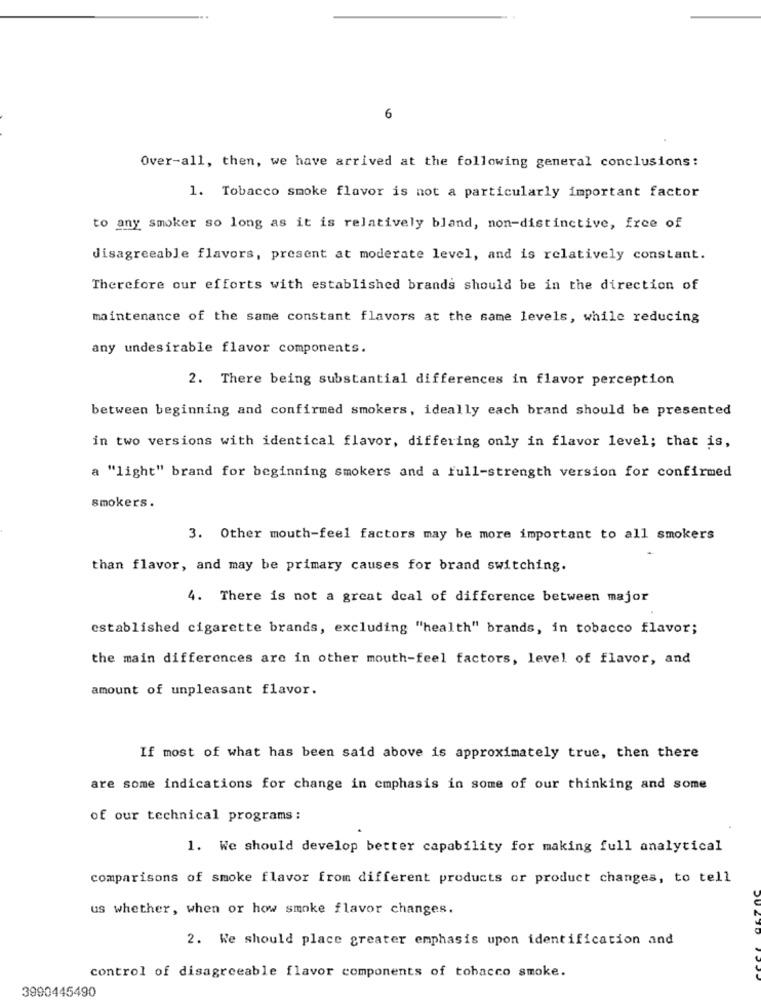
6
Over-all, then, we have arrived at the following general conclusions:
1. Tobacco smoke flavor is not a particularly important factor
to any smoker so long as it is relatively bland, non-distinctive, free of
disagreeable flavors, present at moderate level, and is relatively constant.
Therefore our efforts with established brands should be in the direction of
maintenance of the same constant flavors at the same levels, while reducing
any undesirable flavor components.
2. There being substantial differences in flavor perception
between beginning and confirmed smokers, ideally each brand should be presented
in two versions with identical flavor, differing only in flavor level; that is,
a "light" brand for beginning smokers and a full-strength version for confirmed
smokers.
3. Other mouth-feel factors may be more important to all smokers
than flavor, and may be primary causes for brand switching.
4. There is not a great deal of difference between major
established cigarette brands, excluding "health" brands, in tobacco flavor;
the main differences are in other mouth-feel factors, level of flavor, and
amount of unpleasant flavor.
If most of what has been said above is approximately true, then there
are some indications for change in emphasis in some of our thinking and some
of our technical programs ;
1. We should develop better capability for making full analytical
comparisons of smoke flavor from different products or product changes, to tell
us whether, when or how smoke flavor changes.
2. We should place greater emphasis upon identification and
control of disagreeable flavor components of tobacco smoke.
3990445490